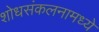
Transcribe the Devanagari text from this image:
शोधसंकलनामध्ये